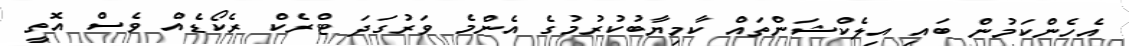
އެހެންކަމުން ބައި އިލެކްޝަންތައް ކާމިޔާބުކުރުމުގެ އެންމެ ވަރުގަދަ ޓްރެކް ރެކޯޑެއް ވެސް އޮތީ